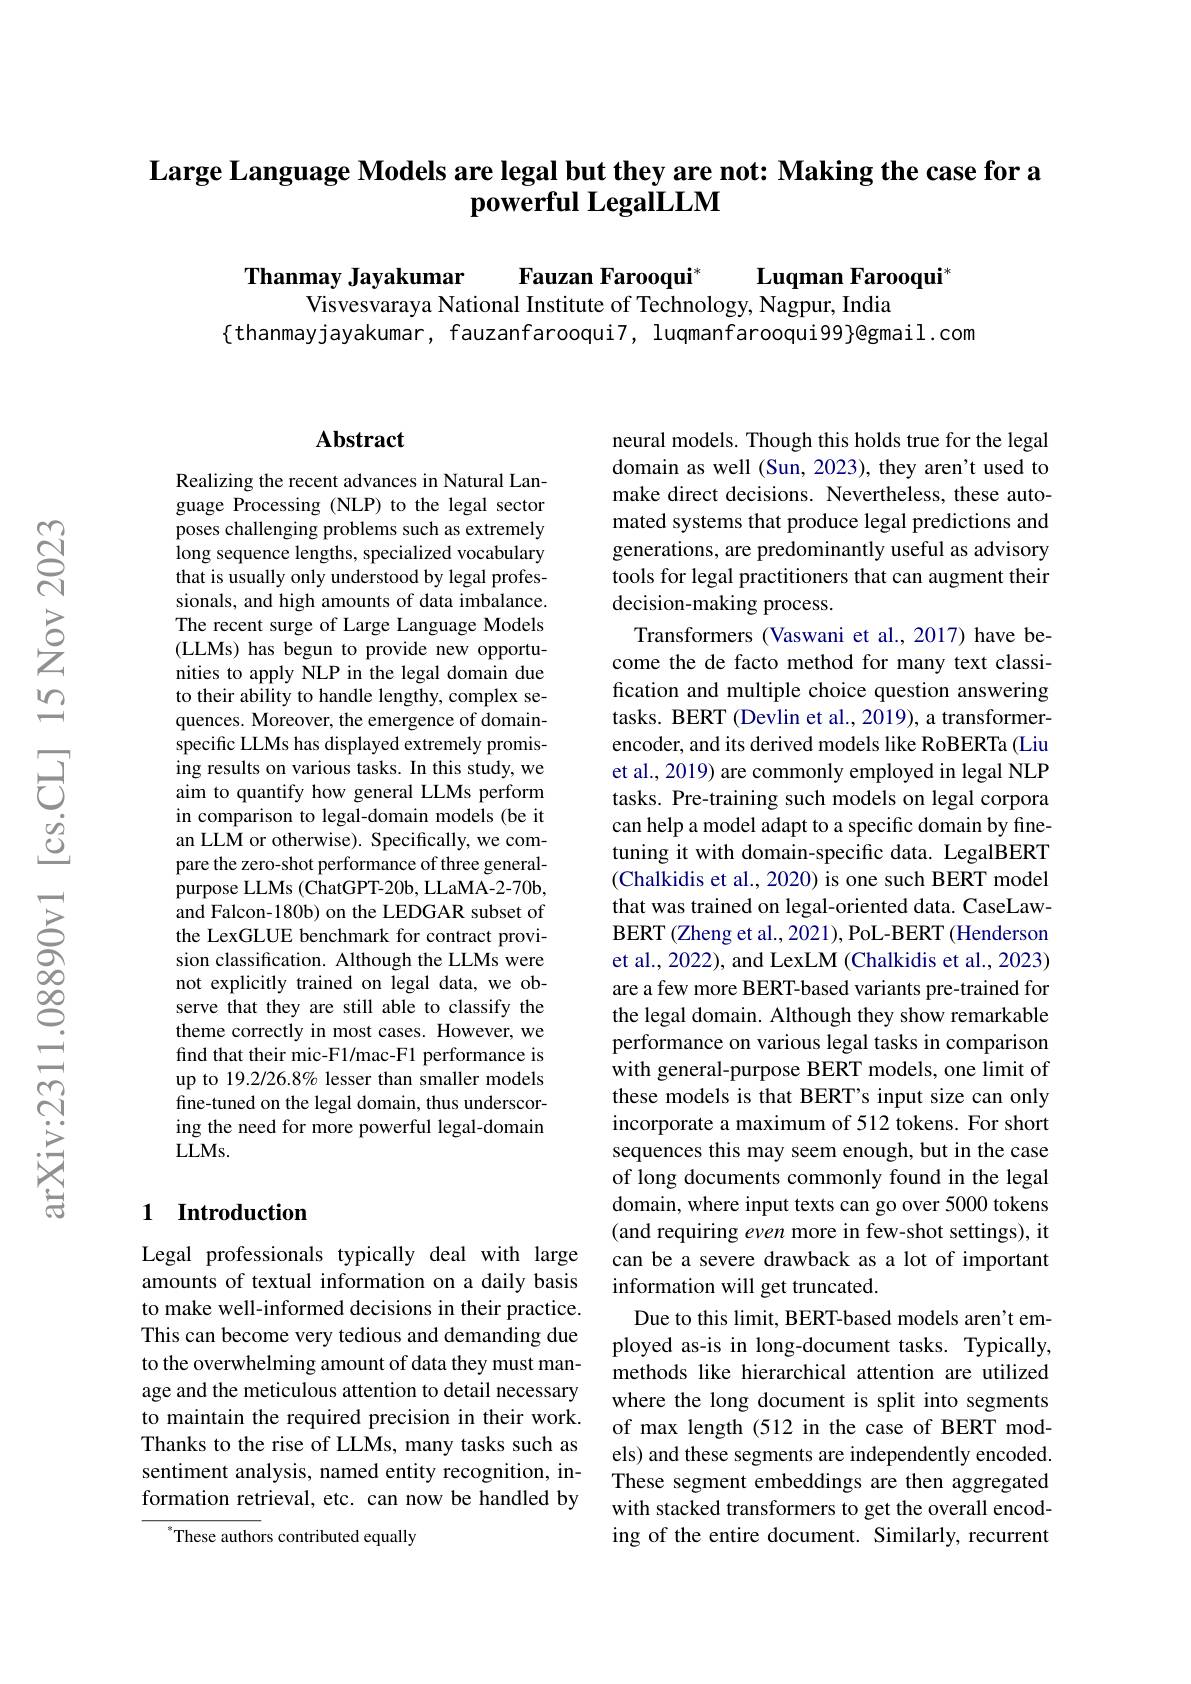
# Large Language Models are legal but they are not: Making the case for a $\tilde{\textbf{powerful LegalLLM}}$

Thanmay Jayakumar
$\textbf{Fauzan Farooqui}^*$
Luqman Farooqui$^*$
Visvesvaraya National Institute of Technology, Nagpur, India
$\{$thanmayjayakumar, fauzanfarooqui7, luqmanfarooqui99\}@gmail.com

## Abstract

Realizing the recent advances in Natural Language Processing (NLP) to the legal sector poses challenging problems such as extremely long sequence lengths, specialized vocabulary that is usually only understood by legal professionals, and high amounts of data imbalance. The recent surge of Large Language Models (LLMs) has begun to provide new opportunities to apply NLP in the legal domain due to their ability to handle lengthy, complex sequences. Moreover, the emergence of domainspecific LLMs has displayed extremely promising results on various tasks. In this study, we aim to quantify how general LLMs perform in comparison to legal-domain models (be it an LLM or otherwise). Specifically, we compare the zero-shot performance of three generalpurpose LLMs (ChatGPT-20b, LLaMA-2-70b, and Falcon-180b) on the LEDGAR subset of the LexGLUE benchmark for contract provision classification. Although the LLMs were not explicitly trained on legal data, we observe that they are still able to classify the theme correctly in most cases. However, we find that their mic-F1/mac-F1 performance is up to 19.2/26.8% lesser than smaller models fine-tuned on the legal domain, thus underscoring the need for more powerful legal-domain $LLMs.$

### 1 $\textbf{Introduction}$

Legal professionals typically deal with large amounts of textual information on a daily basis to make well-informed decisions in their practice. This can become very tedious and demanding due to the overwhelming amount of data they must manage and the meticulous attention to detail necessary to maintain the required precision in their work. Thanks to the rise of LLMs, many tasks such as sentiment analysis, named entity recognition, information retrieval, etc. can now be handled by

These authors contributed equally

neural models. Though this holds true for the legal domain as well (Sun, 2023), they aren't used to make direct decisions. Nevertheless, these automated systems that produce legal predictions and generations, are predominantly useful as advisory tools for legal practitioners that can augment their decision-making process.
Transformers (Vaswani et al., 2017) have become the de facto method for many text classification and multiple choice question answering tasks. BERT (Devlin et al., 2019), a transformerencoder, and its derived models like RoBERTa (Liu et al., 2019) are commonly employed in legal NLP tasks. Pre-training such models on legal corpora can help a model adapt to a specific domain by finetuning it with domain-specific data. LegalBERT (Chalkidis et al., 2020) is one such BERT model that was trained on legal-oriented data. CaseLawBERT (Zheng et al., 2021), PoL-BERT (Henderson et al., 2022), and LexLM (Chalkidis et al., 2023) are a few more BERT-based variants pre-trained for the legal domain. Although they show remarkable performance on various legal tasks in comparison with general-purpose BERT models, one limit of these models is that BERT's input size can only incorporate a maximum of 512 tokens. For short sequences this may seem enough, but in the case of long documents commonly found in the legal domain, where input texts can go over 5000 tokens (and requiring even more in few-shot settings), it can be a severe drawback as a lot of important information will get truncated.
Due to this limit, BERT-based models aren't employed as-is in long-document tasks. Typically, methods like hierarchical attention are utilized where the long document is split into segments of max length (512 in the case of BERT models) and these segments are independently encoded. These segment embeddings are then aggregated with stacked transformers to get the overall encoding of the entire document. Similarly, recurrent